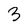
Character: 3